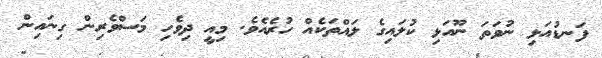
ފަނޑުއަޅި ނުވަތަ ނޫއަޅި ކުލައިގެ ލައްތަކެއް ހުރެއެވެ. މިއީ ދިވެހި މަސްވެރިން ގިނައިން